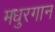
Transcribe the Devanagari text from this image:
मधुरगान